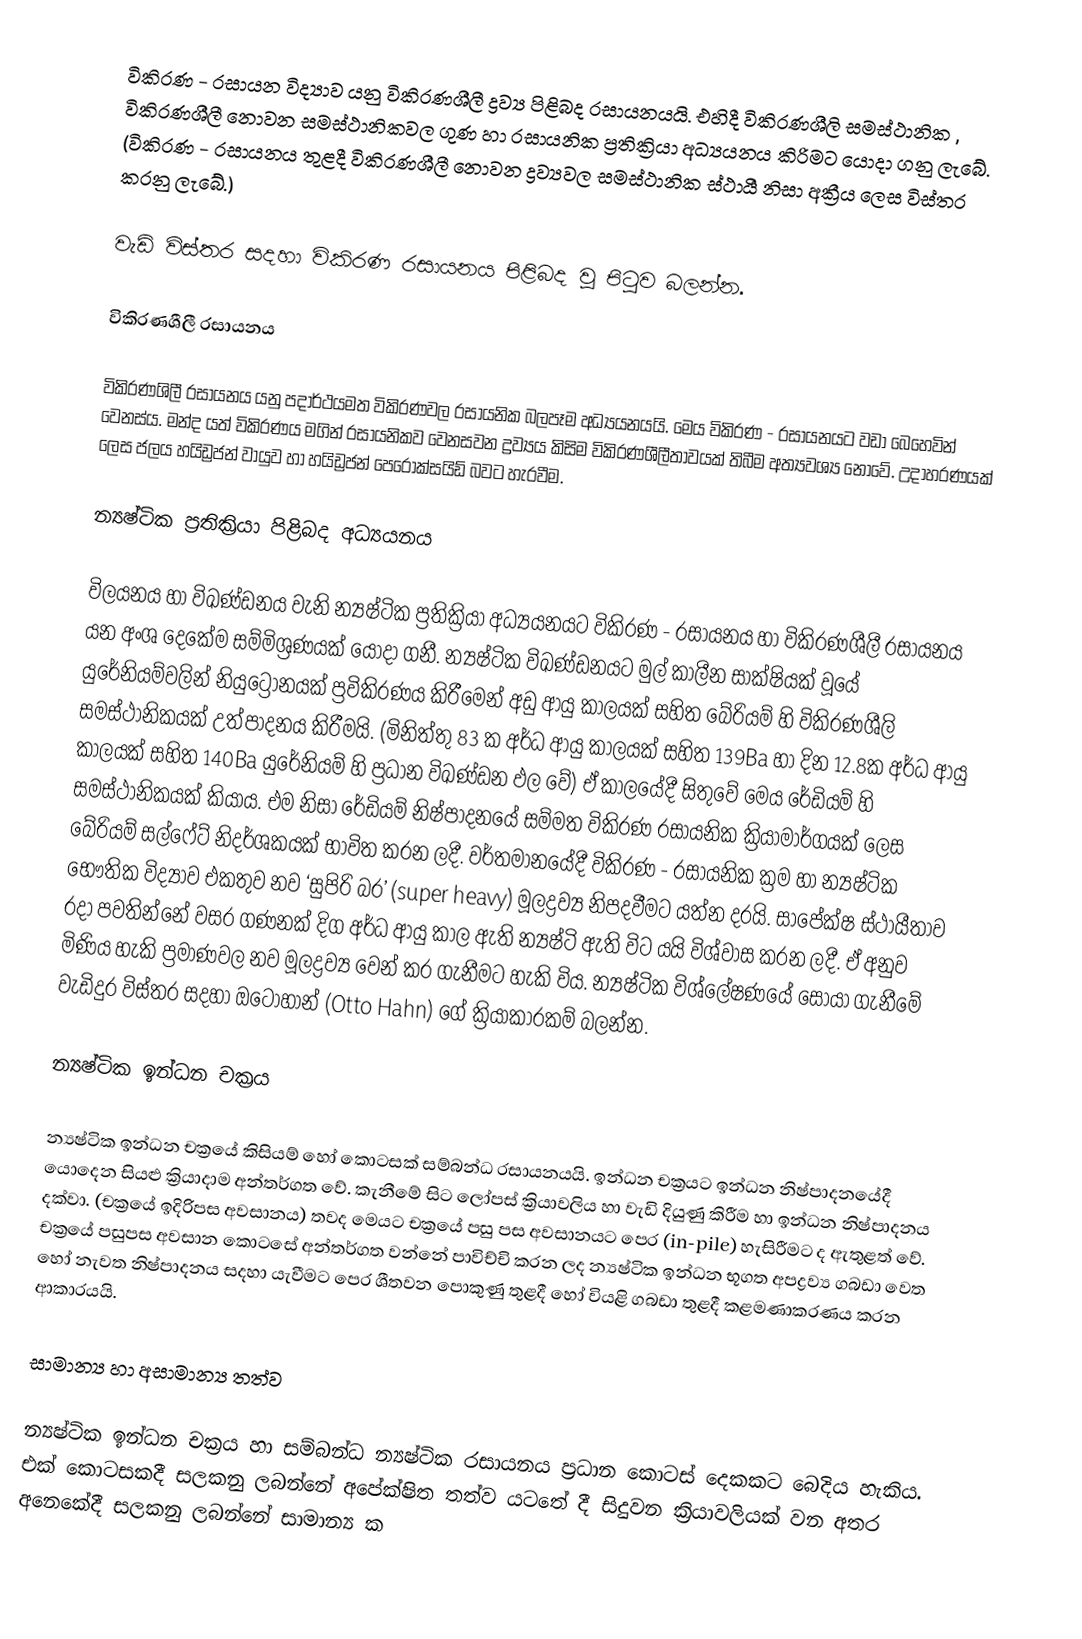
විකිරණ - රසායන  විද්‍යාව යනු විකිරණශීලී ද්‍රව්‍ය පිළිබද රසායනයයි. එහිදී විකිරණශීලි සමස්ථානික , විකිරණශීලී නොවන සමස්ථානිකවල ගුණ හා රසායනික ප්‍රතික්‍රියා අධ්‍යයනය කිරිමට යොදා ගනු ලැබේ. (විකිරණ - රසායනය තුළදී විකිරණශීලී නොවන ද්‍රව්‍යවල සමස්ථානික ස්ථායී නිසා අක්‍රීය ලෙස විස්තර කරනු ලැබේ.)

වැඩි විස්තර සදහා විකිරණ රසායනය පිළිබද වූ පිටුව බලන්න.

විකිරණශීලී රසායනය

විකිරණශිලී රසායනය යනු පදාර්ථයමත විකිරණවල රසායනික බලපෑම අධ්‍යයනයයි. මෙය විකිරණ - රසායනයට වඩා බෙහෙවින් වෙනස්ය. මන්ද යත් විකිරණය මගින් රසායනිකව වෙනසවන ද්‍රව්‍යය කිසිම විකිරණශීලීතාවයක් තිබීම අත්‍යවශ්‍ය නොවේ. උදාහරණයක් ලෙස ජලය හයිඩ්‍රජන් වායුව හා හයිඩ්‍රජන් පෙරොක්සයිඩ් බවට හැරවීම.

න්‍යෂ්ටික ප්‍රතික්‍රියා පිළිබද අධ්‍යයනය

විලයනය හා විඛණ්ඩනය වැනි න්‍යෂ්ටික ප්‍රතික්‍රියා අධ්‍යයනයට විකිරණ - රසායනය හා විකිරණශීලී රසායනය යන අංශ දෙකේම සම්මිශ්‍රණයක් යොදා ගනී. න්‍යෂ්ටික විඛණ්ඩනයට මුල් කාලීන සාක්ෂියක් වූයේ යුරේනියම්වලින් නියුට්‍රෝනයක් ප්‍රවිකිරණය කිරීමෙන් අඩු ආයු කාලයක් සහිත බේරියම් හි විකිරණශීලි සමස්ථානිකයක් උත්පාදනය කිරීමයි. (මිනිත්තු 83 ක අර්ධ ආයු කාලයක් සහිත 139Ba  හා දින 12.8ක අර්ධ ආයු කාලයක් සහිත 140Ba  යුරේනියම් හි ප්‍රධාන විඛණ්ඩන ඵල වේ) ඒ කාලයේදී සිතුවේ මෙය රේඩියම් හි සමස්ථානිකයක් කියාය. ‍එම නිසා රේඩියම් නිෂ්පාදනයේ සම්මත විකිරණ රසායනික ක්‍රියාමාර්ගයක් ලෙස බේරියම් සල්ෆේට් නිදර්ශකයක් භාවිත කරන ලදී. වර්තමානයේදී විකිරණ - රසායනික ක්‍රම හා න්‍යෂ්ටික භෞතික විද්‍යාව එකතුව නව ‘සුපිරි බර’ (super heavy)  මූලද්‍රව්‍ය නිපදවීමට  යත්න දරයි. සාපේක්ෂ ස්ථායීතාව රදා පවතින්නේ වසර ගණනක් දිග අර්ධ ආයු කාල ඇති න්‍යෂ්ටි ඇති විට යයි විශ්වාස කරන ලදී. ඒ අනුව මිණිය හැකි ප්‍රමාණවල නව මූලද්‍රව්‍ය වෙන් කර ගැනීමට හැකි විය. න්‍යෂ්ටික විශ්ලේෂණයේ සොයා ගැනීමේ වැඩිදුර විස්තර සදහා ඔටෝහාන් (Otto Hahn)  ගේ ක්‍රියාකාරකම් බලන්න.

න්‍යෂ්ටික ඉන්ධන චක්‍රය

න්‍යෂ්ටික ඉන්ධන චක්‍රයේ කිසියම් හෝ කොටසක් සම්බන්ධ රසායනයයි. ඉන්ධන චක්‍රයට ඉන්ධන නිෂ්පාදනයේදී යොදෙන සියළු ක්‍රියාදාම අන්තර්ගත වේ. කැනීමේ සිට ලෝපස් ක්‍රියාවලිය හා වැඩි දියුණු කිරීම හා ඉන්ධන නිෂ්පාදනය දක්වා. (චක්‍රයේ ඉදිරිපස අවසානය) තවද මෙයට චක්‍රයේ පසු පස අවසානයට පෙර  (in-pile)  හැසිරීමට ද ඇතුළත් වේ. චක්‍රයේ පසුපස අවසාන කොටසේ අන්තර්ගත වන්නේ පාවිච්චි කරන ලද න්‍යෂ්ටික ඉන්ධන භූගත අපද්‍රව්‍ය ගබඩා වෙත හෝ නැවත නිෂ්පාදනය සදහා යැවීමට පෙර ශීතවන පොකුණු තුළදී හෝ වියළි ගබඩා තුළදී කළමණාකරණය කරන ආකාරයයි.

සාමාන්‍ය හා අසාමාන්‍ය තත්ව

න්‍යෂ්ටික ඉන්ධන චක්‍රය හා සම්බන්ධ න්‍යෂ්ටික රසායනය ප්‍රධාන කොටස් දෙකකට බෙදිය හැකිය. එක් කොටසකදී සලකනු ලබන්නේ අපේක්ෂිත තත්ව යටතේ දී සිදුවන ක්‍රියාවලියක් වන අතර අනෙකේදී සලකනු ලබන්නේ සාමාන්‍ය ක